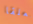
معلقا